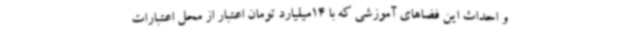
و احداث این فضاهای آموزشی که با 14میلیارد تومان اعتبار از محل اعتبارات